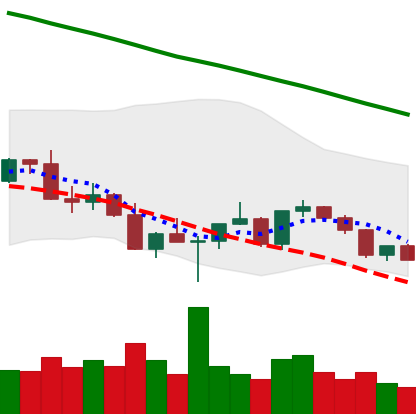
Ticker: XLM-USD
Chart end date: 2022-03-06
Forward return: 6.079%
Label: up_5_7